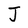
Character: J